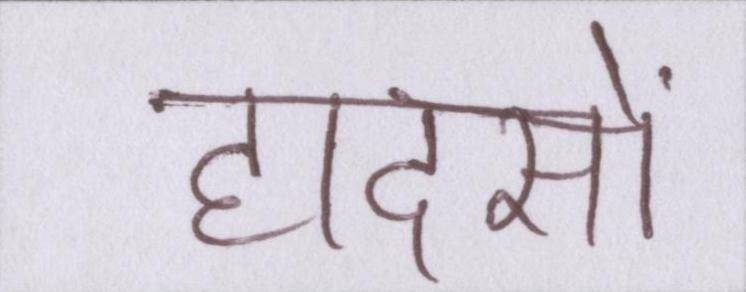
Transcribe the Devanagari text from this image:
हादसों